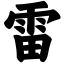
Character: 雷